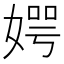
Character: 𪦊